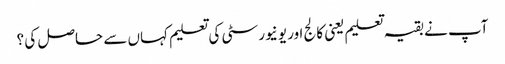
آپ نے بقیہ تعلیم یعنی کالج اور یونیورسٹی کی تعلیم کہاں سے حاصل کی ؟